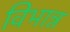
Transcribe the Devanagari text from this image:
विभान्न